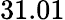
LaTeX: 31.01